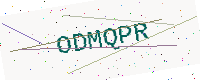
Text: ODMQPR